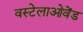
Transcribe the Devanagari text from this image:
वस्टेलाओवेंड